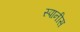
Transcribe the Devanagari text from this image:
स्पानीस